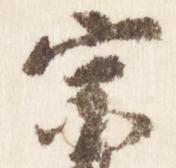
宗